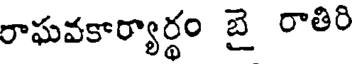
రాఘవకార్యార్థం బై రాతిరి